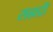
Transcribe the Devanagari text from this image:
सह्यद्री